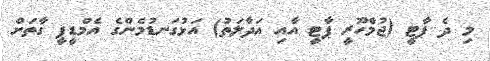
މި ދެ ޕާޓީ (ޖުމްހޫރީ ޕާޓީ އާއި އަދާލަތު) އަޅުގަނޑުމެންގެ އެމްޑީޕީ ގާތަށް